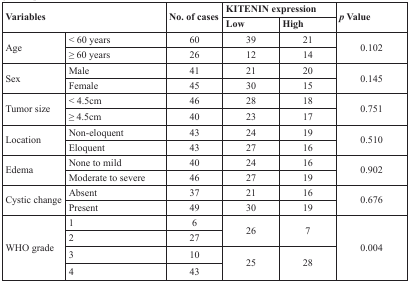
<table><thead><tr><td rowspan="2" colspan="2"><b>Variables</b></td><td rowspan="2"><b>No. of cases</b></td><td colspan="2"><b>KITENIN expression</b></td><td rowspan="2"><b><i>p</i> Value</b></td></tr><tr><td><b>Low</b></td><td><b>High</b></td></tr></thead><tbody><tr><td rowspan="2">Age</td><td>&lt; 60 years</td><td>60</td><td>39</td><td>21</td><td rowspan="2">0.102</td></tr><tr><td>≥ 60 years</td><td>26</td><td>12</td><td>14</td></tr><tr><td rowspan="2">Sex</td><td>Male</td><td>41</td><td>21</td><td>20</td><td rowspan="2">0.145</td></tr><tr><td>Female</td><td>45</td><td>30</td><td>15</td></tr><tr><td rowspan="2">Tumor size</td><td>&lt; 4.5cm</td><td>46</td><td>28</td><td>18</td><td rowspan="2">0.751</td></tr><tr><td>≥ 4.5cm</td><td>40</td><td>23</td><td>17</td></tr><tr><td rowspan="2">Location</td><td>Non-eloquent</td><td>43</td><td>24</td><td>19</td><td rowspan="2">0.510</td></tr><tr><td>Eloquent</td><td>43</td><td>27</td><td>16</td></tr><tr><td rowspan="2">Edema</td><td>None to mild</td><td>40</td><td>24</td><td>16</td><td rowspan="2">0.902</td></tr><tr><td>Moderate to severe</td><td>46</td><td>27</td><td>19</td></tr><tr><td rowspan="2">Cystic change</td><td>Absent</td><td>37</td><td>21</td><td>16</td><td rowspan="2">0.676</td></tr><tr><td>Present</td><td>49</td><td>30</td><td>19</td></tr><tr><td rowspan="4">WHO grade</td><td>1</td><td>6</td><td rowspan="2">26</td><td rowspan="2">7</td><td rowspan="4">0.004</td></tr><tr><td>2</td><td>27</td></tr><tr><td>3</td><td>10</td><td rowspan="2">25</td><td rowspan="2">28</td></tr><tr><td>4</td><td>43</td></tr></tbody></table>